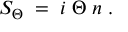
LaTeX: S _ { \Theta } \; = \; i \; \Theta \; n \; .